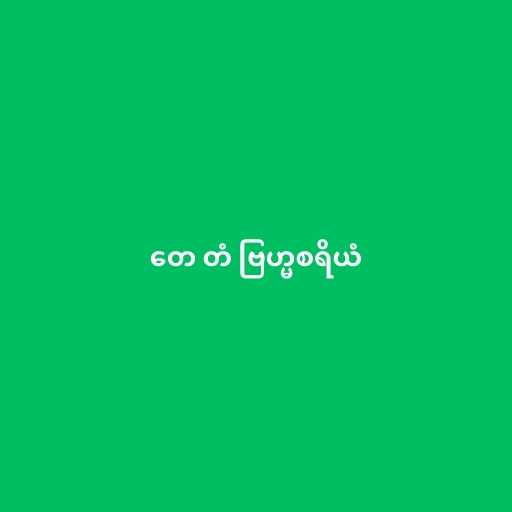
တေ တံ ဗြဟ္မစရိယံ